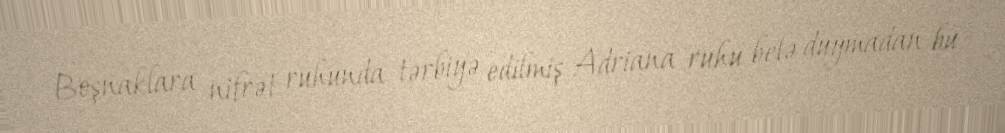
Boşnaklara nifrət ruhunda tərbiyə edilmiş Adriana ruhu belə duymadan bu